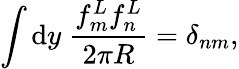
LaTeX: \int{\mathrm{d}}y\; \frac{f_{m}^{L}f_{n}^{L}}{2\pi R}=\delta_{nm},